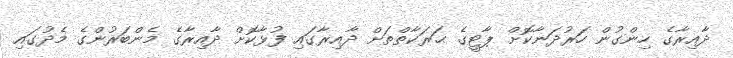
ދާއިރާގެ ހިންގުން ހަރުދަނާކޮށް ޕާޓީގެ ޙަރަކާތްތަށް ދާއިރާގައި ފުޅާކޮށް ދާއިރާގެ މެންބަރުންގެ މެދުގައި